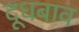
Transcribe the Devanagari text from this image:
दूधबाव